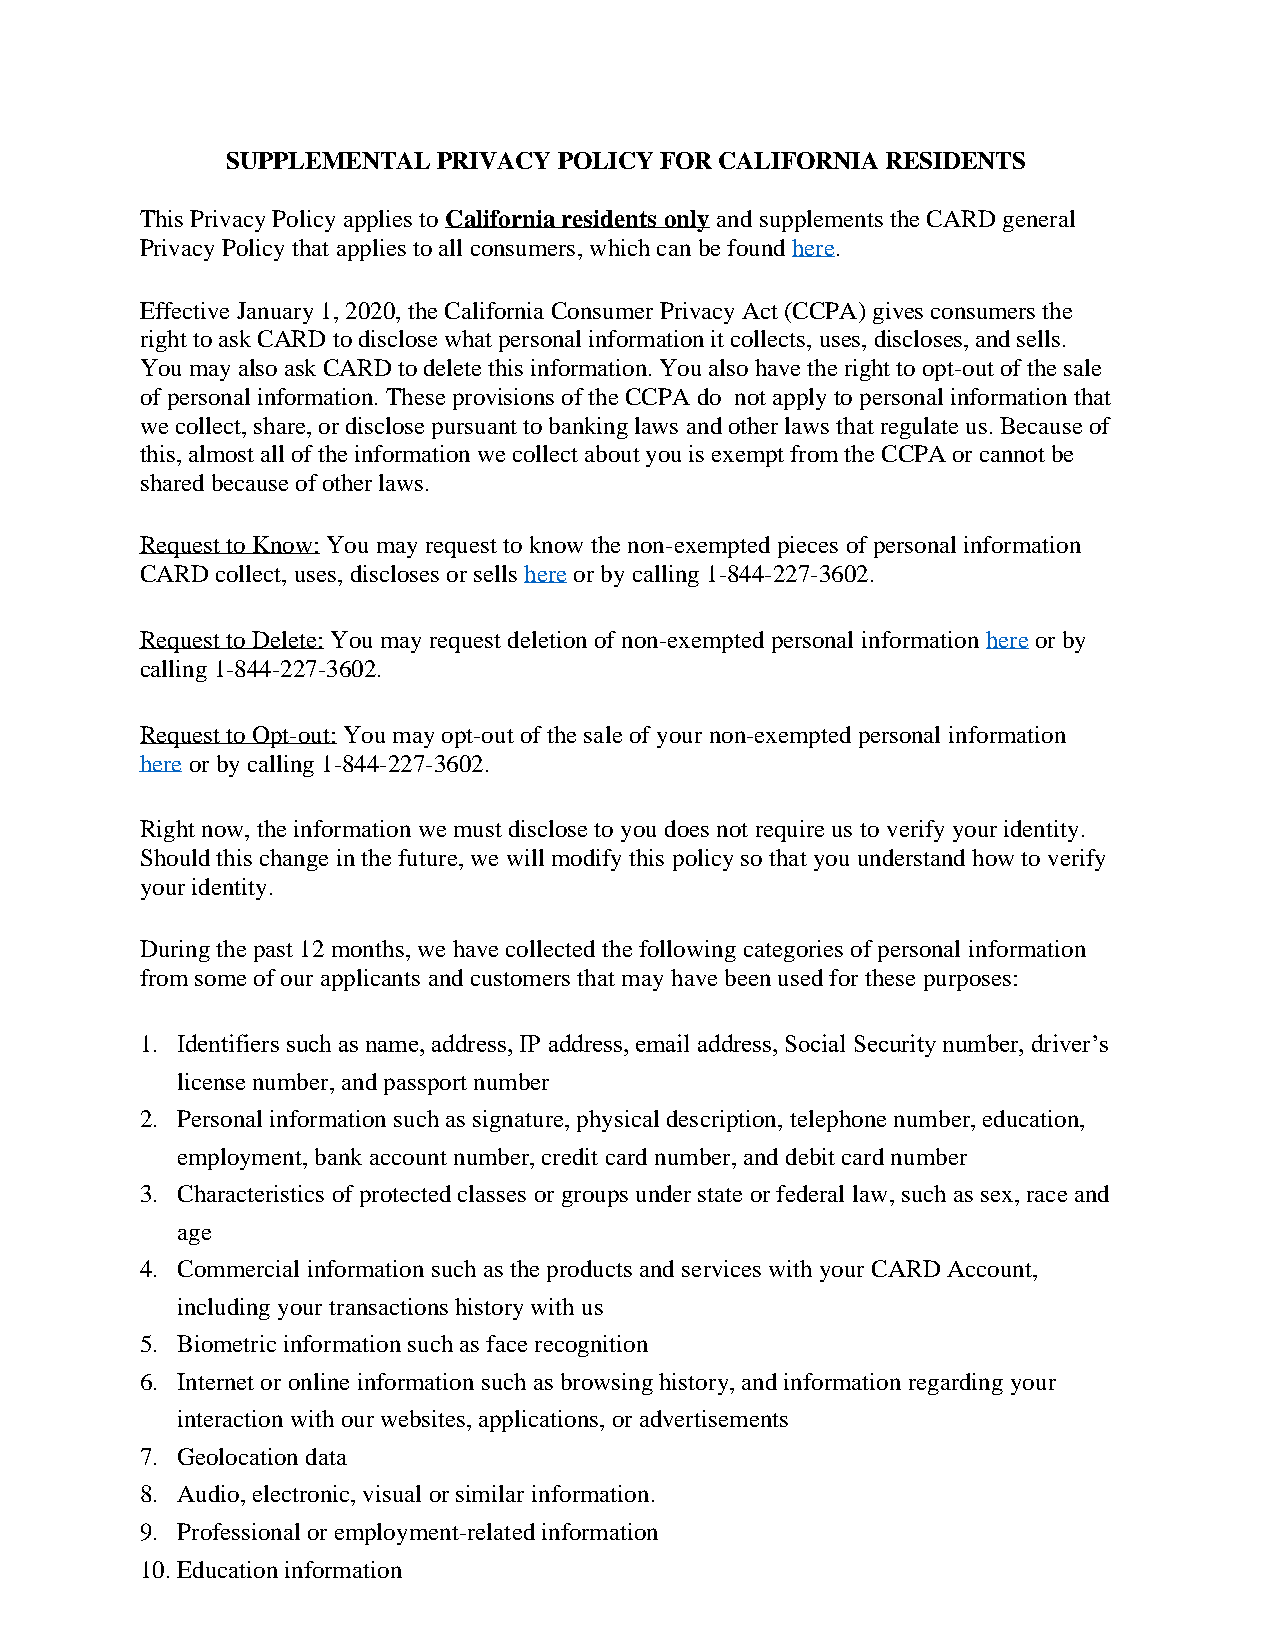
SUPPLEMENTAL  PRIVACY POLICY FOR CALIFORNIA RESIDENTS
 This Privacy Policy applies to California residents only and supplements the CARD general
 Privacy Policy that applies to all consumers, which can be found here.
 Effective January 1, 2020, the California Consumer Privacy Act (CCPA) gives consumers the
 right to ask CARD to disclose what personal information it collects, uses, discloses, and sells.
 You may also ask CARD to delete this information. You also have the right to opt-out of the sale
 of personal information. These provisions of the CCPA do not apply to personal information that
 we collect, share, or disclose pursuant to banking laws and other laws that regulate us. Because of
 this, almost all of the information we collect about you is exempt from the CCPA or cannot be
 shared because of other laws.
 Request to Know: You may request to know the non-exempted pieces of personal information
 CARD collect, uses, discloses or sells here or by calling 1-844-227-3602.
 Request to Delete: You may request deletion of non-exempted personal information here or by
 calling 1-844-227-3602.
 Request to Opt-out: You may opt-out of the sale of your non-exempted personal information
 here or by calling 1-844-227-3602.
 Right now, the information we must disclose to you does not require us to verify your identity.
 Should this change in the future, we will modify this policy so that you understand how to verify
 your identity.
 During the past 12 months, we have collected the following categories of personal information
 from some of our applicants and customers that may have been used for these purposes:
 1. Identifiers such as name, address, IP address, email address, Social Security number, driver’s
 license number, and passport number
 2. Personal information such as signature, physical description, telephone number, education,
 employment, bank account number, credit card number, and debit card number
 3. Characteristics of protected classes or groups under state or federal law, such as sex, race and
 age
 4. Commercial information such as the products and services with your CARD Account,
 including your transactions history with us
 5. Biometric information such as face recognition
 6. Internet or online information such as browsing history, and information regarding your
 interaction with our websites, applications, or advertisements
 7. Geolocation data
 8. Audio, electronic, visual or similar information.
 9. Professional or employment-related information
 10.Education information